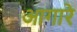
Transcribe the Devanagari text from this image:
आगारे